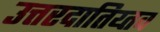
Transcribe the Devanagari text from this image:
उत्तरदातिय्तव